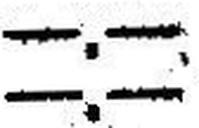
—.—